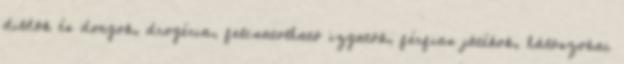
dildók és dongok, drogéria, felcsatolható izgatók, férfias játékok, hálószobai